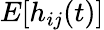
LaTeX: E[h_{ij}(t)]